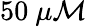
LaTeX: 50~\mu\mathcal{M}